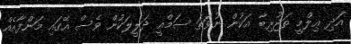
އަދި ޢިލްމީ ތަޖުރިބާ އަކުން ނުވަތަ ސަމްޢީ ދަލީލަކުން ވެސް އޭގައި މަންފާއެއް